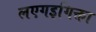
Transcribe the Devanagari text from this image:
लएगइगिक्ता